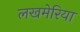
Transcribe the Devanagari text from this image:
लखमेरिया